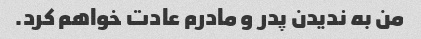
من به ندیدن پدر و مادرم عادت خواهم کرد.